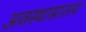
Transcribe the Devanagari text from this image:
अवस्थासातत्य